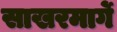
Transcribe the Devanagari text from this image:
साखरमार्गे